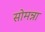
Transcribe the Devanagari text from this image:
सोमन्ना